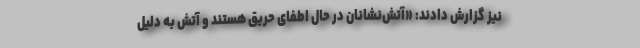
نیز گزارش دادند: «آتش‌نشانان در حال اطفای حریق هستند و آتش‌ به دلیل